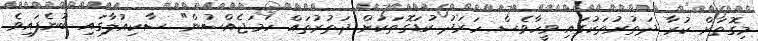
މިގޮތަށް ކުރާ ދަތުރުތަކުގައި ވީހާވެސް ހަރަދު ކުޑަގޮތަކަށް ދަތުރުތައް ހަމަޖެއްސުން" ސާކިއުލާގައި ބުނެފައިވެ